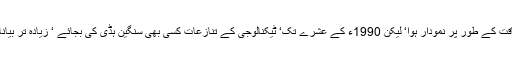
اچانک جاپان اقتصادی طاقت کے طور پر نمودار ہوا‘ لیکن 1990ء کے عشرے تک‘ ٹیکنالوجی کے تنازعات کسی بھی سنگین ہڈی کی بجائے ‘ زیادہ تر بیانات میں پائے جاتے تھے۔